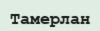
Тамерлан